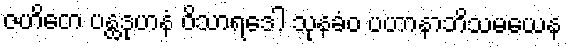
ဇဟိတေ ပန္ထဒုဟနံ ဝိသာရဒေါ သုနခံဝ ပဟာနာဘိသမယေန